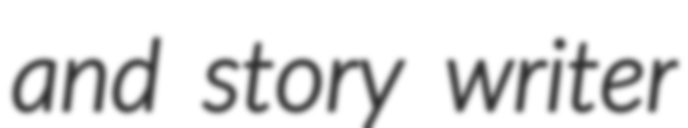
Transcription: and story writer